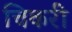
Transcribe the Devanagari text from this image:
चिकरी